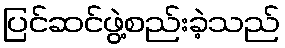
ပြင်ဆင်ဖွဲ့စည်းခဲ့သည်